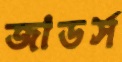
জাডর্স